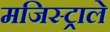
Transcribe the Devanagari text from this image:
मजिस्ट्राले